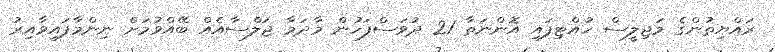
ރައްޔިތުންގެ މަޖިލީސް ހުއްޓިފައި އޮންނަތާ 21 ދުވަސްފަހުން މާދަމާ ޖަލްސާއެއް ބޭއްވުމަށް ނިންމާފައިވާއިރު